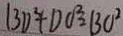
B D ^ { 2 } + D C ^ { 2 } = B O ^ { 2 }